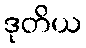
ဒုတိယ